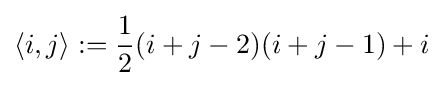
\langle i,j\rangle :={\frac {1}{2}}(i+j-2)(i+j-1)+i